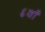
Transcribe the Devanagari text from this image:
६वाँ